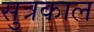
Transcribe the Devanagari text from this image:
सुत्रकाल